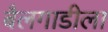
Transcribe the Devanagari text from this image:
बैलगाडीला